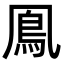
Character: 鳯